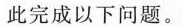
此完成以下问题。